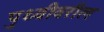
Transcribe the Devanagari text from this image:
पृुथ्वीवरील